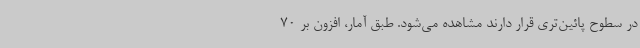
در سطوح پائین‌تری قرار دارند مشاهده می‌شود. طبق آمار، افزون بر 70